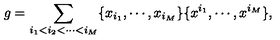
g = \sum _ { i _ { 1 } < i _ { 2 } < \cdots < i _ { M } } \{ x _ { i _ { 1 } } , \cdots , x _ { i _ { M } } \} \{ x ^ { i _ { 1 } } , \cdots , x ^ { i _ { M } } \} ,